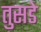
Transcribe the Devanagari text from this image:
तुसडे